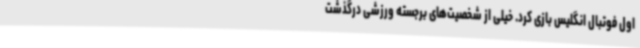
اول فوتبال انگلیس بازی کرد. خیلی از شخصیت‌های برجسته ورزشی درگذشت